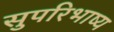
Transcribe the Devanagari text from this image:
सुपरिभाष्य